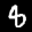
Label: 8